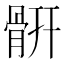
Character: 𩩄